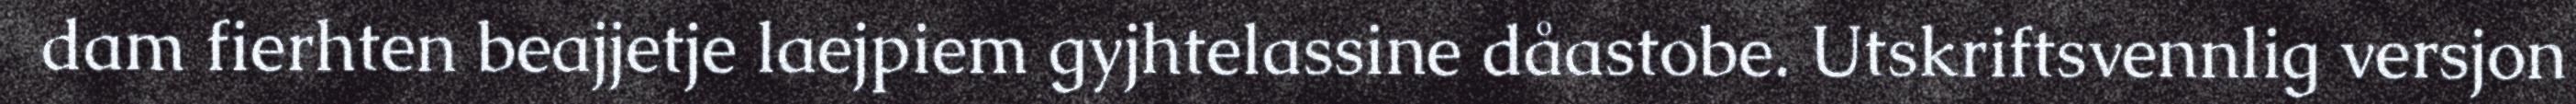
dam fierhten beajjetje laejpiem gyjhtelassine dåastobe. Utskriftsvennlig versjon